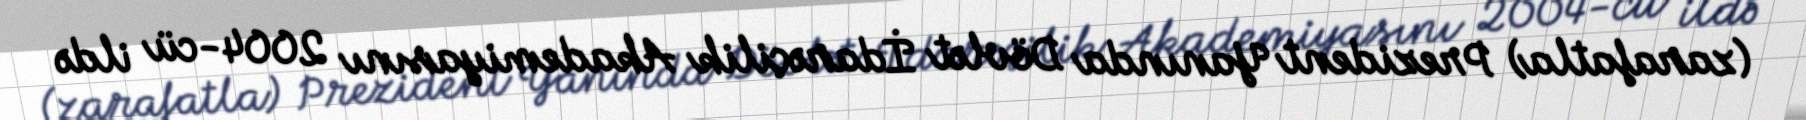
(zarafatla) Prezident Yanında Dövlət İdarəçilik Akademiyasını 2004-cü ildə